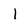
Character: l